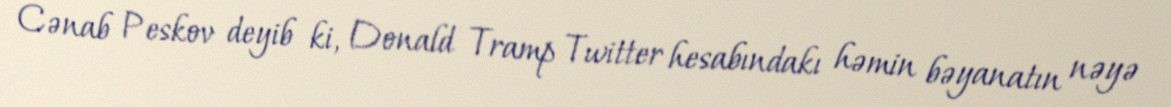
Cənab Peskov deyib ki, Donald Tramp Twitter hesabındakı həmin bəyanatın nəyə